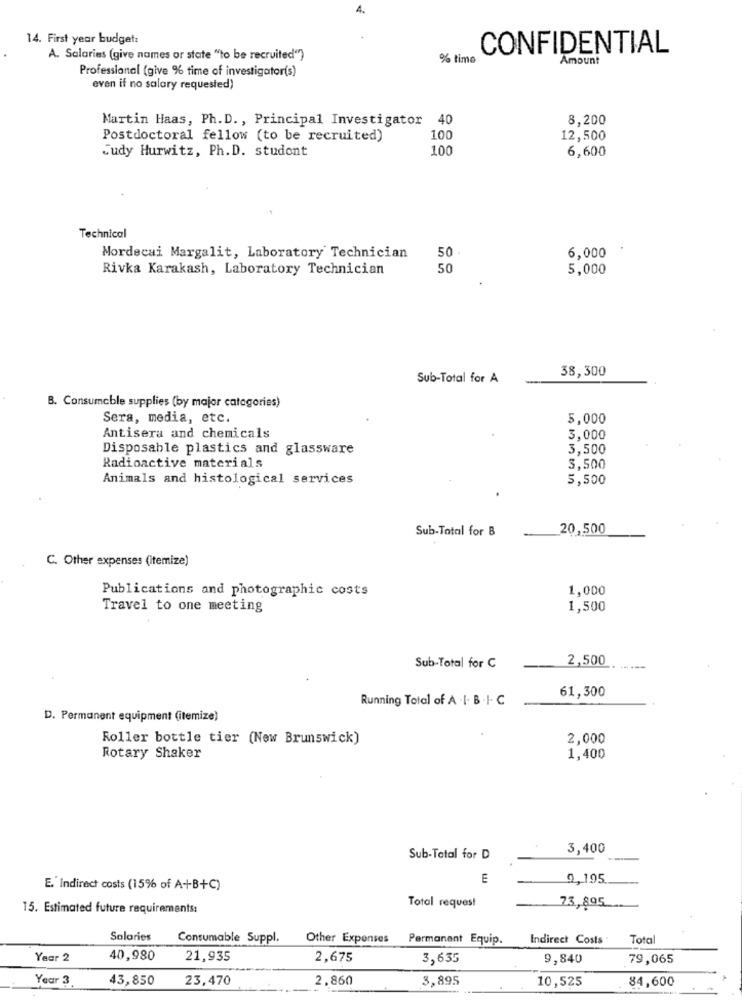
4.
14. First year budget:
CONFIDENTIAL
A. Salaries (give names or state "to be recruited"")
% time
Amount
Professional (give % time of investigator(s)
even if no salary requested)
Martin Haas, Ph. D ., Principal Investigator 40
8,200
Postdoctoral fellow (to be recruited)
100
12,500
Judy Hurwitz, Ph. D. student
100
6,600
Technical
50
Mordecai Margalit, Laboratory Technician
6,000
Rivka Karakash, Laboratory Technician
50
5,000
38,300
Sub-Total for A
B. Consumable supplies (by major categories)
Sera, media, etc.
5,000
Antisera and chemicals
3,000
Disposable plastics and glassware
3,500
Radioactive materials
3,500
Animals and histological services
5,500
Sub-Total for B
20,500
C. Other expenses (itemize)
Publications and photographic costs
1,000
Travel to one meeting
1,500
2,500
Sub-Total for C
----
61,300
Running Total of A .I. B . I. C
D. Permanent equipment (itemize)
Roller bottle tier (New Brunswick)
2,000
Rotary Shaker
1,400
3,400
Sub-Total for D
E
9,195
E. Indirect costs (15% of A+B+C)
15. Estimated future requirements:
Total request
73,895
Solaries
Consumable Suppl.
Other Expenses
Permanent Equip.
Indirect Costs
Total
Year 2
40,980
21,935
2,675
3,635
9,840
79,065
Year 3
43,850
23,470
2.860
3,895
10,525
84,600